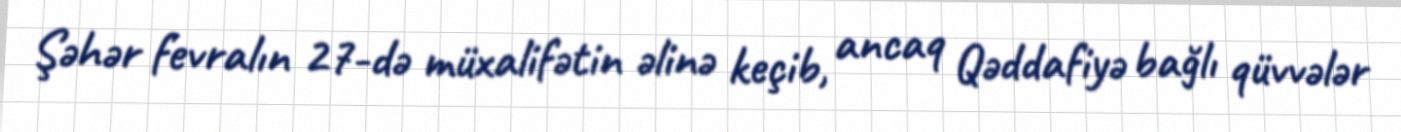
Şəhər fevralın 27-də müxalifətin əlinə keçib, ancaq Qəddafiyə bağlı qüvvələr